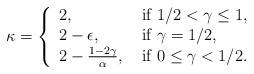
LaTeX: \begin{align*} \kappa = \left\{\begin{array}{ll} 2, &\mbox{ if }1/2<\gamma\leq 1,\\ 2-\epsilon, &\mbox{ if } \gamma =1/2,\\ 2-\frac{1-2\gamma}{\alpha}, &\mbox{ if } 0\leq \gamma <1/2. \end{array}\right.\end{align*}